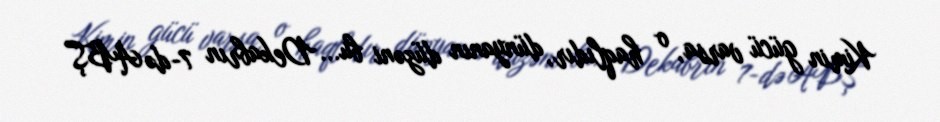
Kimin gücü varsa, o haqlıdır, dünyanın düzəni bu... Dekabrın 7-də ABŞ